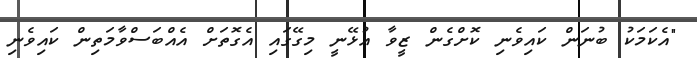
"އެކަމަކު ބުނަން ކައިވެނި ކޮށްގެން ޒީވާ އުޅޭނީ މިގޭގައި އެގޮތަށް އެއްބަސްވާމަތިން ކައިވެނި